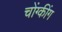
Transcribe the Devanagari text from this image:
चोंग्कींग